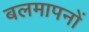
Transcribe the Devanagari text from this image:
बलमापनों